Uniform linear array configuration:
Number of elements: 24
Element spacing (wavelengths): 0.75
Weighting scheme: kaiser
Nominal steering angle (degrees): -45
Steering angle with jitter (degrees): -45.03
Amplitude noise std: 0.05
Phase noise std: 0.05

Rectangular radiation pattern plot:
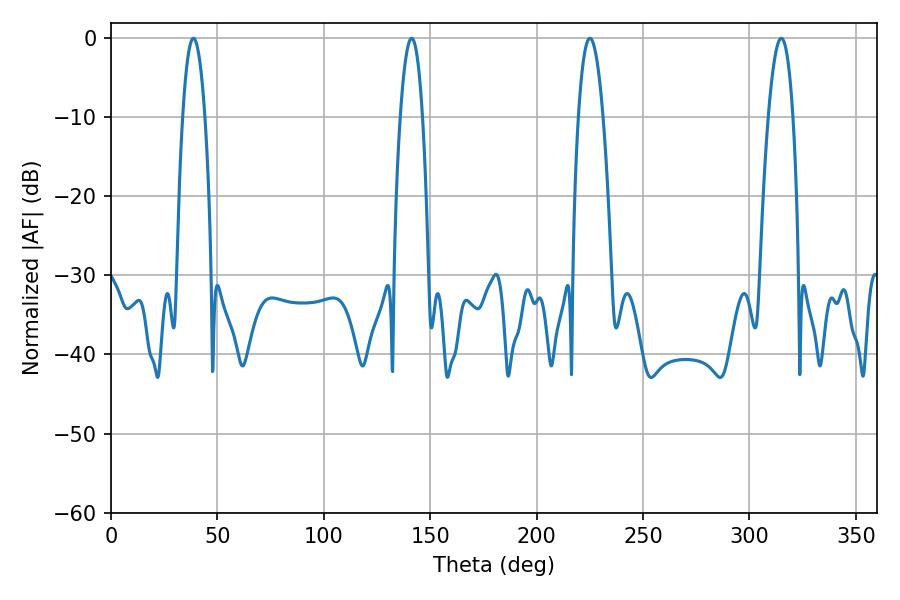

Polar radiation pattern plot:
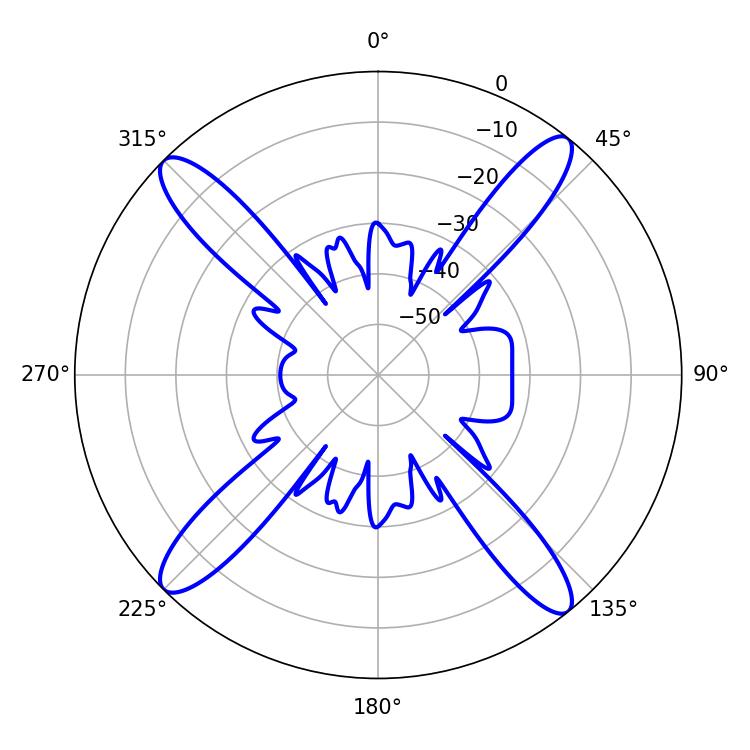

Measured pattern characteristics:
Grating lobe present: TRUE
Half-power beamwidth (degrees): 5.76
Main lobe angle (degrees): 38.7